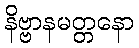
နိဗ္ဗာနမတ္တနော